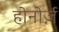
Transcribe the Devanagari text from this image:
होनोर्ज़